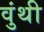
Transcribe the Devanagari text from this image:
वुंथी